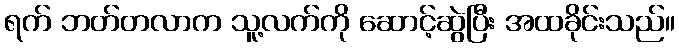
ရက် ဘတ်တလာက သူ့လက်ကို ဆောင့်ဆွဲပြီး အထခိုင်းသည်။